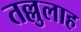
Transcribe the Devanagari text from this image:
तल्लुलाह